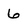
Character: 6